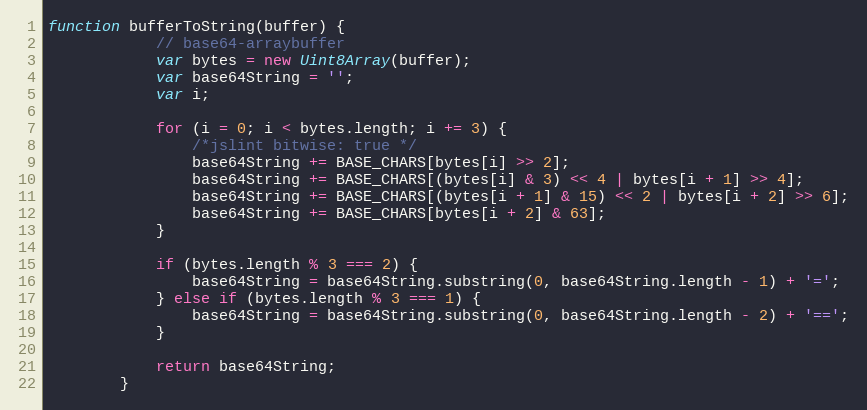
Language: JavaScript
function bufferToString(buffer) {
	        // base64-arraybuffer
	        var bytes = new Uint8Array(buffer);
	        var base64String = '';
	        var i;

	        for (i = 0; i < bytes.length; i += 3) {
	            /*jslint bitwise: true */
	            base64String += BASE_CHARS[bytes[i] >> 2];
	            base64String += BASE_CHARS[(bytes[i] & 3) << 4 | bytes[i + 1] >> 4];
	            base64String += BASE_CHARS[(bytes[i + 1] & 15) << 2 | bytes[i + 2] >> 6];
	            base64String += BASE_CHARS[bytes[i + 2] & 63];
	        }

	        if (bytes.length % 3 === 2) {
	            base64String = base64String.substring(0, base64String.length - 1) + '=';
	        } else if (bytes.length % 3 === 1) {
	            base64String = base64String.substring(0, base64String.length - 2) + '==';
	        }

	        return base64String;
	    }